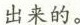
出来的。